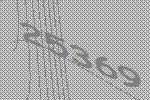
25369